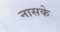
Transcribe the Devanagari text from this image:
नासके